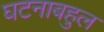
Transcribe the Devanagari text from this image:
घटनाबहुल